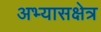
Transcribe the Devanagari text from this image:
अभ्यासक्षेत्र